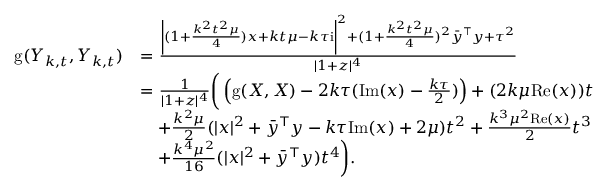
\begin{array} { r l } { \mathrm { g } ( Y _ { k , t } , Y _ { k , t } ) } & { = \frac { \left| ( 1 + \frac { k ^ { 2 } t ^ { 2 } \mu } { 4 } ) x + k t \mu - k \tau \mathrm { i } \right| ^ { 2 } + ( 1 + \frac { k ^ { 2 } t ^ { 2 } \mu } { 4 } ) ^ { 2 } \bar { y } ^ { \top } y + \tau ^ { 2 } } { | 1 + z | ^ { 4 } } } \\ & { = \frac { 1 } { | 1 + z | ^ { 4 } } \bigg ( \left( \mathrm { g } ( X , X ) - 2 k \tau ( \mathrm { I m } ( x ) - \frac { k \tau } { 2 } ) \right) + ( 2 k \mu \mathrm { R e } ( x ) ) t } \\ & { \quad + \frac { k ^ { 2 } \mu } { 2 } ( | x | ^ { 2 } + \bar { y } ^ { \top } y - k \tau \mathrm { I m } ( x ) + 2 \mu ) t ^ { 2 } + \frac { k ^ { 3 } \mu ^ { 2 } \mathrm { R e } ( x ) } { 2 } t ^ { 3 } } \\ & { \quad + \frac { k ^ { 4 } \mu ^ { 2 } } { 1 6 } ( | x | ^ { 2 } + \bar { y } ^ { \top } y ) t ^ { 4 } \bigg ) . } \end{array}